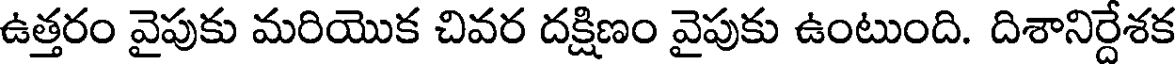
ఉత్తరం వైపుకు మరియొక చివర దక్షిణం వైపుకు ఉంటుంది. దిశానిర్దేశక